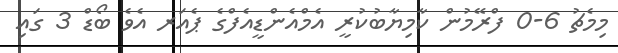
މިމެޗު 6-0 ފްރޭމުން ކާމިޔާބުކުރީ އެމްއެންޑީއެފްގެ ޕެއަރ އެވެ ބޯޑް 3 ގައި